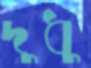
দুধু